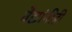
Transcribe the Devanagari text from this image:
वैद्यांनीही